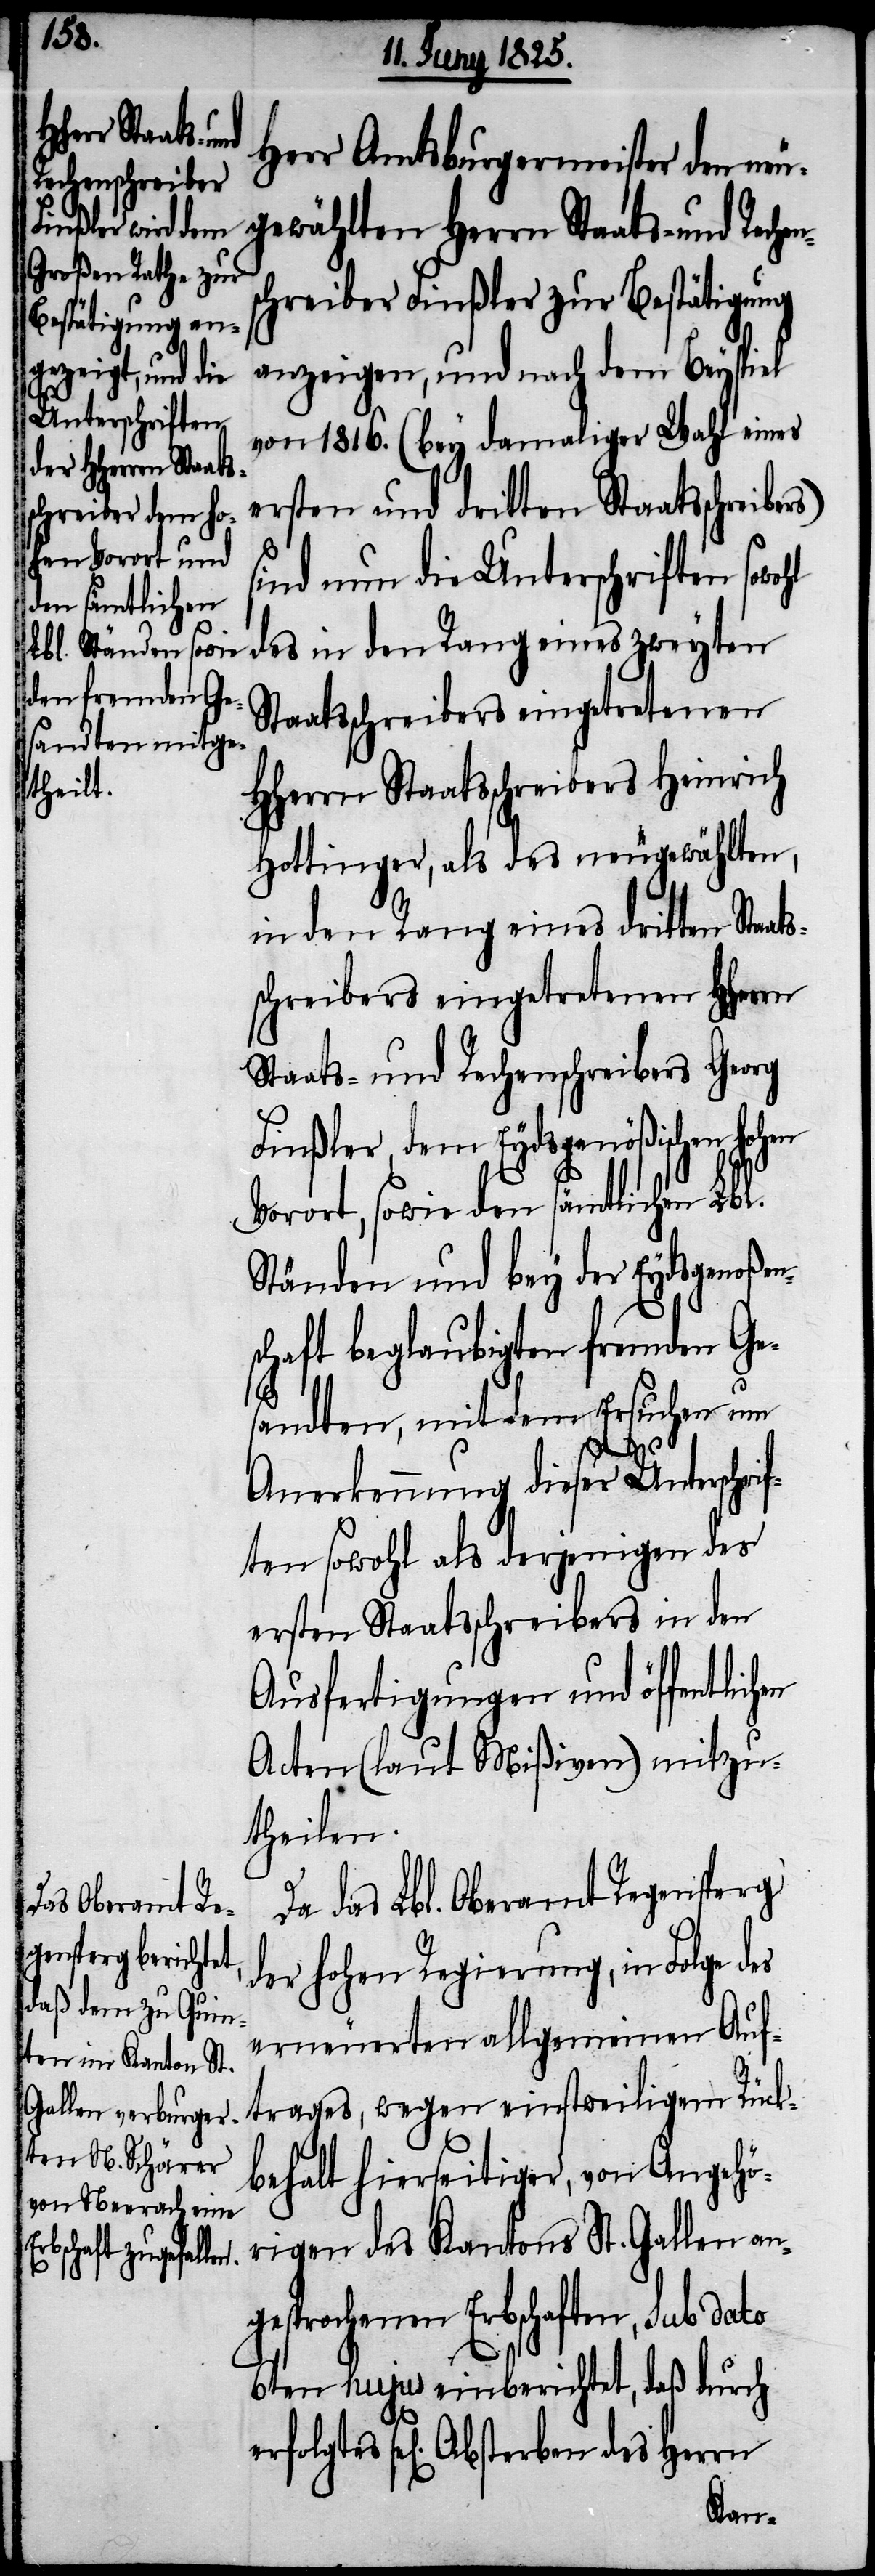
Herr Amtsburgermeister den neu¬
gewählten Herrn Staats- und Rech¬
schreiber Finßler zur Bestätigung
anzeigen, und nach dem Beyspiel
von 1816. (bey damaliger Wahl eines
ersten und dritten Staatsschreibers)
sind nun die Unterschriften
des in den Rang eines zweyten
taatsschreibers eingetretenen
HHerrn Staatsschreibers Heinrich
Hottinger, als des neugewählten,
in den Rang eines dritten Staat¬
schreibers eingetretenen HHerrn
Staats- und Rechenschreibers Georg
Finßler, dem Eydsgenößischen hohen
Vorort, sowie den sämtlichen Lbl.
Ständen und bey der Eydsgenoßen¬
schaft beglaubigten fremden Ge¬
sandten, mit dem Ersuchen um
Anerkennung dieser Unterschri¬
ften sowohl als derjenigen des
ersten Staatsschreibers in den
Ausfertigungen und öffentlichen
Acten (lt. Mißiven) mitzu¬
theilen.
Da das Lbl. Oberamt Regensperg
der hohen Regierung, in Folge des
erneuerten allgemeinen Auf¬
trages, wegen einstweiligem Rück¬
behalt hierseitiger, von Angehö¬
rigen des Kantons St. Gallen an¬
gesprochenen Erbschaften, sub dato
6ten hujus einberichtet, daß durch
se[liges] Absterben des Herrn
s¬